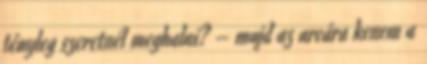
tényleg szeretnél meghalni? – majd az arcára kenem a